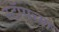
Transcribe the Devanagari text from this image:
स्टॅम्पच्या